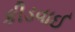
કીડવાઈ